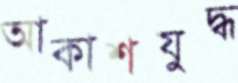
আকাশযুদ্ধ